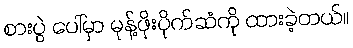
စားပွဲ ပေါ်မှာ မုန့်ဖိုးပိုက်ဆံကို ထားခဲ့တယ်။